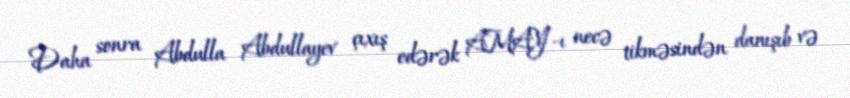
Daha sonra Abdulla Abdullayev çıxış edərək AMAY-ı necə tikməsindən danışıb və